Leaving Certificate Examination (including Day School Certificate (Higher) General paper), 1929
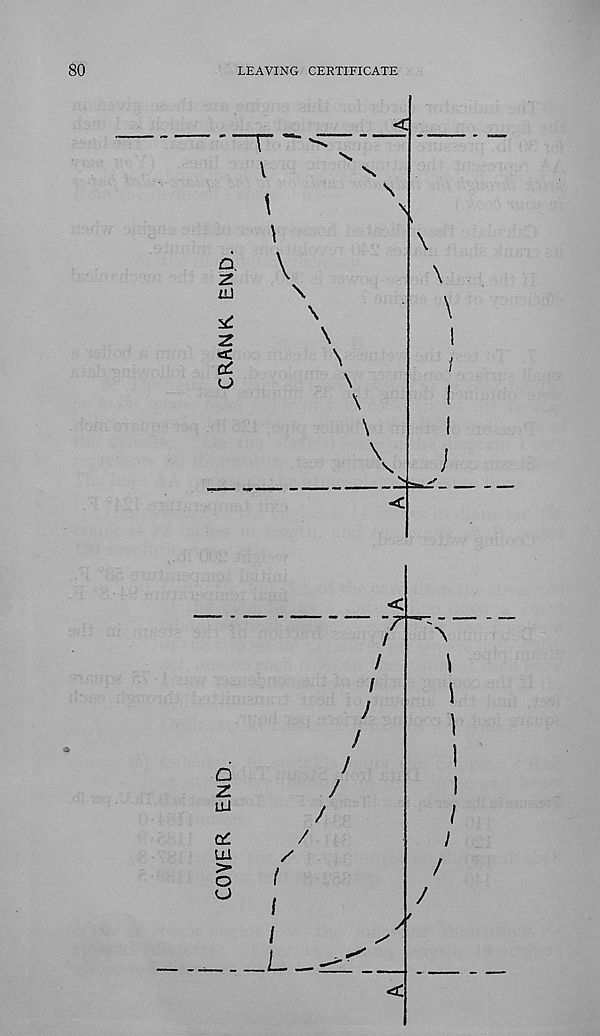
COYER END.
!
j
CRANK END.
LEAVING CERTIFICATE
/
I
J
/
J
J
/
i
I
1
I
/
/
\
I
I